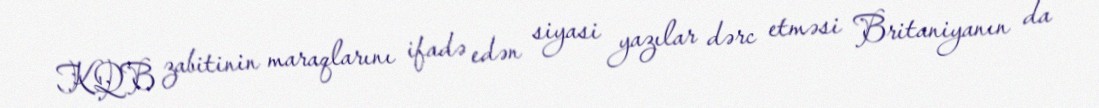
KQB zabitinin maraqlarını ifadə edən siyasi yazılar dərc etməsi Britaniyanın da